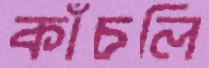
কাঁচলি